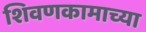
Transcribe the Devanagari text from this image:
शिवणकामाच्या